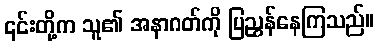
၎င်းတို့က သူ၏ အနာဂတ်ကို ပြညွှန်နေကြသည်။